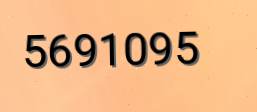
5691095